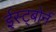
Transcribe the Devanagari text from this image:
ईस्ट्बोर्न